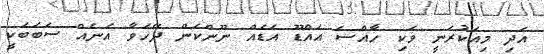
އަދި މިއަކުރަނީ ވަކި ހާއްސަ އައްޑޫ އަޑެއް ނޫންކަން ދޭހަވާ އަނެއް ސަބަބަކީ